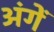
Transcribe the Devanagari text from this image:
अंगें